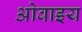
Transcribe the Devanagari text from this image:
ओवाइय